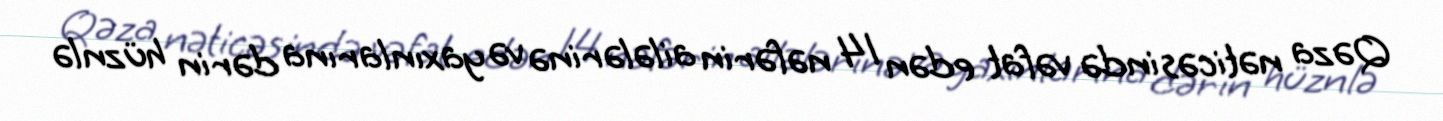
Qəza nəticəsində vəfat edən 14 nəfərin ailələrinə və yaxınlarına dərin hüznlə